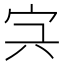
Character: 𡧐